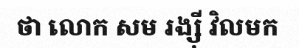
ថា លោក សម រង្ស៊ី វិលមក